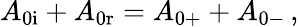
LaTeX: A_{\mathrm{0i}}+A_{\mathrm{0r}}=A_{\mathrm{0+}}+A_{\mathrm{0-}}\, ,